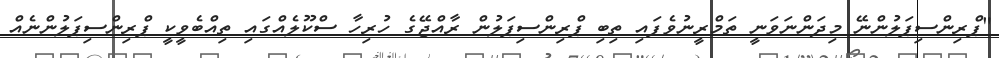
"ޕްރިންސިޕަލުންނޭ މިދަންނަވަނީ ތަމްރީނުވެފައި ތިބި ޕްރިންސިޕަލުން ރާއްޖޭގެ ހުރިހާ ސްކޫލެއްގައި ތިއްބެވީކީ ޕްރިންސިޕަލުންނެއް